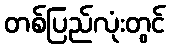
တစ်ပြည်လုံးတွင်